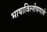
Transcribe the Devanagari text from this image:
भाषाविल्शेषणाचे